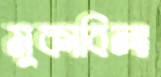
মুকাবিলা